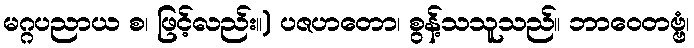
မဂ္ဂပညာယ စ၊ ဖြင့်လည်း။) ပဇဟတော၊ စွန့်သသူသည်။ ဘာဝေတဗ္ဗံ၊